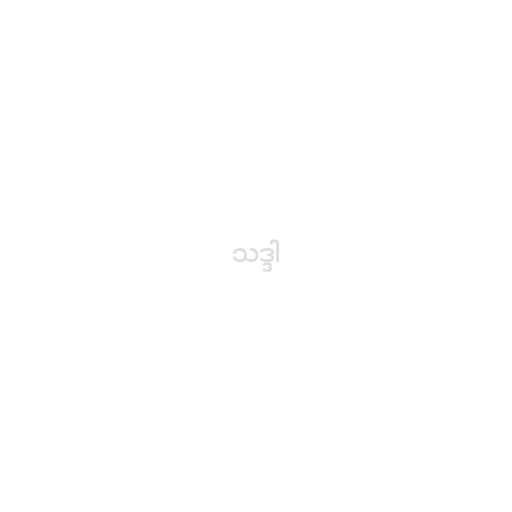
သဒ္ဒါ